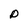
Character: D